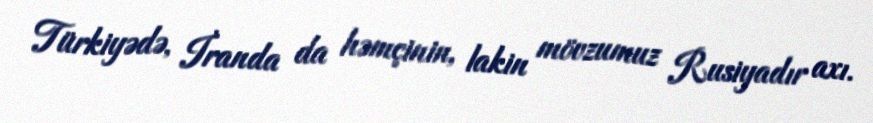
Türkiyədə, İranda da həmçinin, lakin mövzumuz Rusiyadır axı.